[Report on the health of British troops in the Madras command]
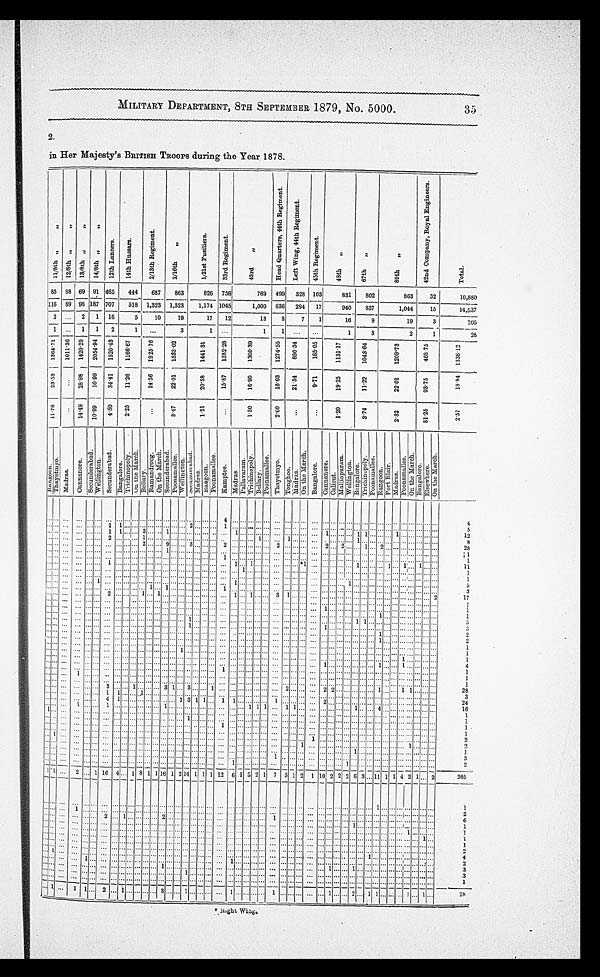
1 1
1
Rangoon
1176
2353
136471
1 2
116 8 5
11/8th ""
I
1
1
Thayetmyo
1
1
Madras
101136
89 8 8
12/8th
7
2
0
2
Cannanore
1449
2898
142029
1
21
98
69
13/8th
1
1
Secunderabad
1
1 6
Wellington
1099
1099
205494 1 1
187 9 1
14/8th
1 1
4
1
Secunderabad
430
3441
15204 2 16 707 4 6 5
12th Lancers
Bangalore
2
1
Trichinopoly
225
1126
116.67
14th Hussars.
I
8
Onthe March
1
Bellary
1
1
14.56
19257
1
2/13th Regiment
1 6
On the March
1
Secunderabad
Poonaallee
317
2201
153302
1
19
1,323 8 6 9
2/16th
2
Wellington
1 4
secunderabad
1
8
1
Madras
Rangoon
121
2058
144131
1/21st Fusiliers
1
Poonamallee
1
1 2
rP
Kamptee
1587
138228
2
33rd Regiment
6
Madras
1
1
Palllavaram
1 1
1
3
Trichinopoly
180
1690
130039
43rd
1
2
Bellary
1
1
Poonamallee
7
b
Thayet m yo
200
1603
1274 55
Head Quarters 44th Regiment
0
5
Tonghoo
1 1
1
Madras
2134
896.34
1
Left Wing 44th Regiment
2
On the March
1
Bangalore
971
16505
45th Regiment
2
10
Cannanore
2
Calicut
120
1925
113117
48th
1
2
Malimpuram
1
2
Wellington
cc
cc
6
Bangalore
3
I—
Trichinupoly
374
1122
104364
co
67th
I
4
Poonamallee
Rangoon
CD
V
1 1
Port Blair
1
Madras
232
2201
1209
89th
89th
11
4
1
Poonamallee
4
On the March
2
Bangalore.
1
1
E l s e w h e r e
3125
9375
46875
42nd Company Royal Engineers
On the March
1
2
2 8
1 3
3
2 4 2 1
1 1 1
1
6 2 2 1
2 0 5
2
3 1 2
2 1 1 1 2416 3 2 8
1141234521 1 7 3 5 1 1 1 1 1 1 128
8 12 45
257
1884 133612
1
Total
MILITARY DEPARTEMENT,8TH SEPTEMBER 1879,No.5000. 35
2. i n H e r M a j e s t y ' s B R I T I S H T R O O P S d u r i n g t h e y e a r 1 8 7 8 .